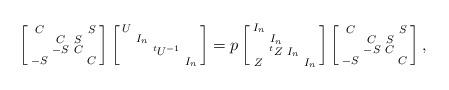
LaTeX: \begin{align*} \left[\begin{smallmatrix}C&&&S\\&C&S\\&-S&C\\-S&&&C\end{smallmatrix}\right]\left[\begin{smallmatrix}U\\&I_n\\&&^tU^{-1}\\&&&I_n\end{smallmatrix}\right]=p\left[\begin{smallmatrix}I_n\\&I_n\\&^tZ&I_n\\Z&&&I_n\end{smallmatrix}\right]\left[\begin{smallmatrix}C&&&S\\&C&S\\&-S&C\\-S&&&C\end{smallmatrix}\right],\end{align*}